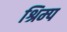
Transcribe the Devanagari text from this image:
श्रिम्‍प